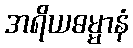
အရိယဓမ္မာနံ